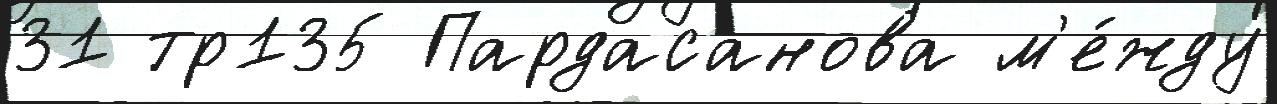
31 тр135 Пардасанова м'е́жду